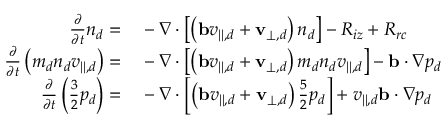
\begin{array} { r l } { \frac { \partial } { \partial t } n _ { d } = } & { { } - \nabla \cdot \left[ \left( \mathbf { b } v _ { | | , d } + \mathbf { v } _ { \perp , d } \right) n _ { d } \right] - R _ { i z } + R _ { r c } } \\ { \frac { \partial } { \partial t } \left( m _ { d } n _ { d } v _ { | | , d } \right) = } & { { } - \nabla \cdot \left[ \left( \mathbf { b } v _ { | | , d } + \mathbf { v } _ { \perp , d } \right) m _ { d } n _ { d } v _ { | | , d } \right] - \mathbf { b } \cdot \nabla p _ { d } } \\ { \frac { \partial } { \partial t } \left( \frac { 3 } { 2 } p _ { d } \right) = } & { { } - \nabla \cdot \left[ \left( \mathbf { b } v _ { | | , d } + \mathbf { v } _ { \perp , d } \right) \frac { 5 } { 2 } p _ { d } \right] + v _ { | | , d } \mathbf { b } \cdot \nabla p _ { d } } \end{array}